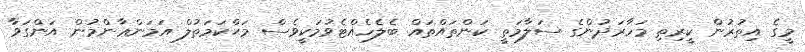
މީގެ އިތުރުން ކީރިތި މަހާރަދުންގެ ސަލާމަތީ ކަންތައްތައް ބެލެހެއްޓެވުމަކީވެސް މަޙްކަމަތުލް އަމަންޢާންމުން އަންގަވާ